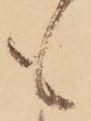
も